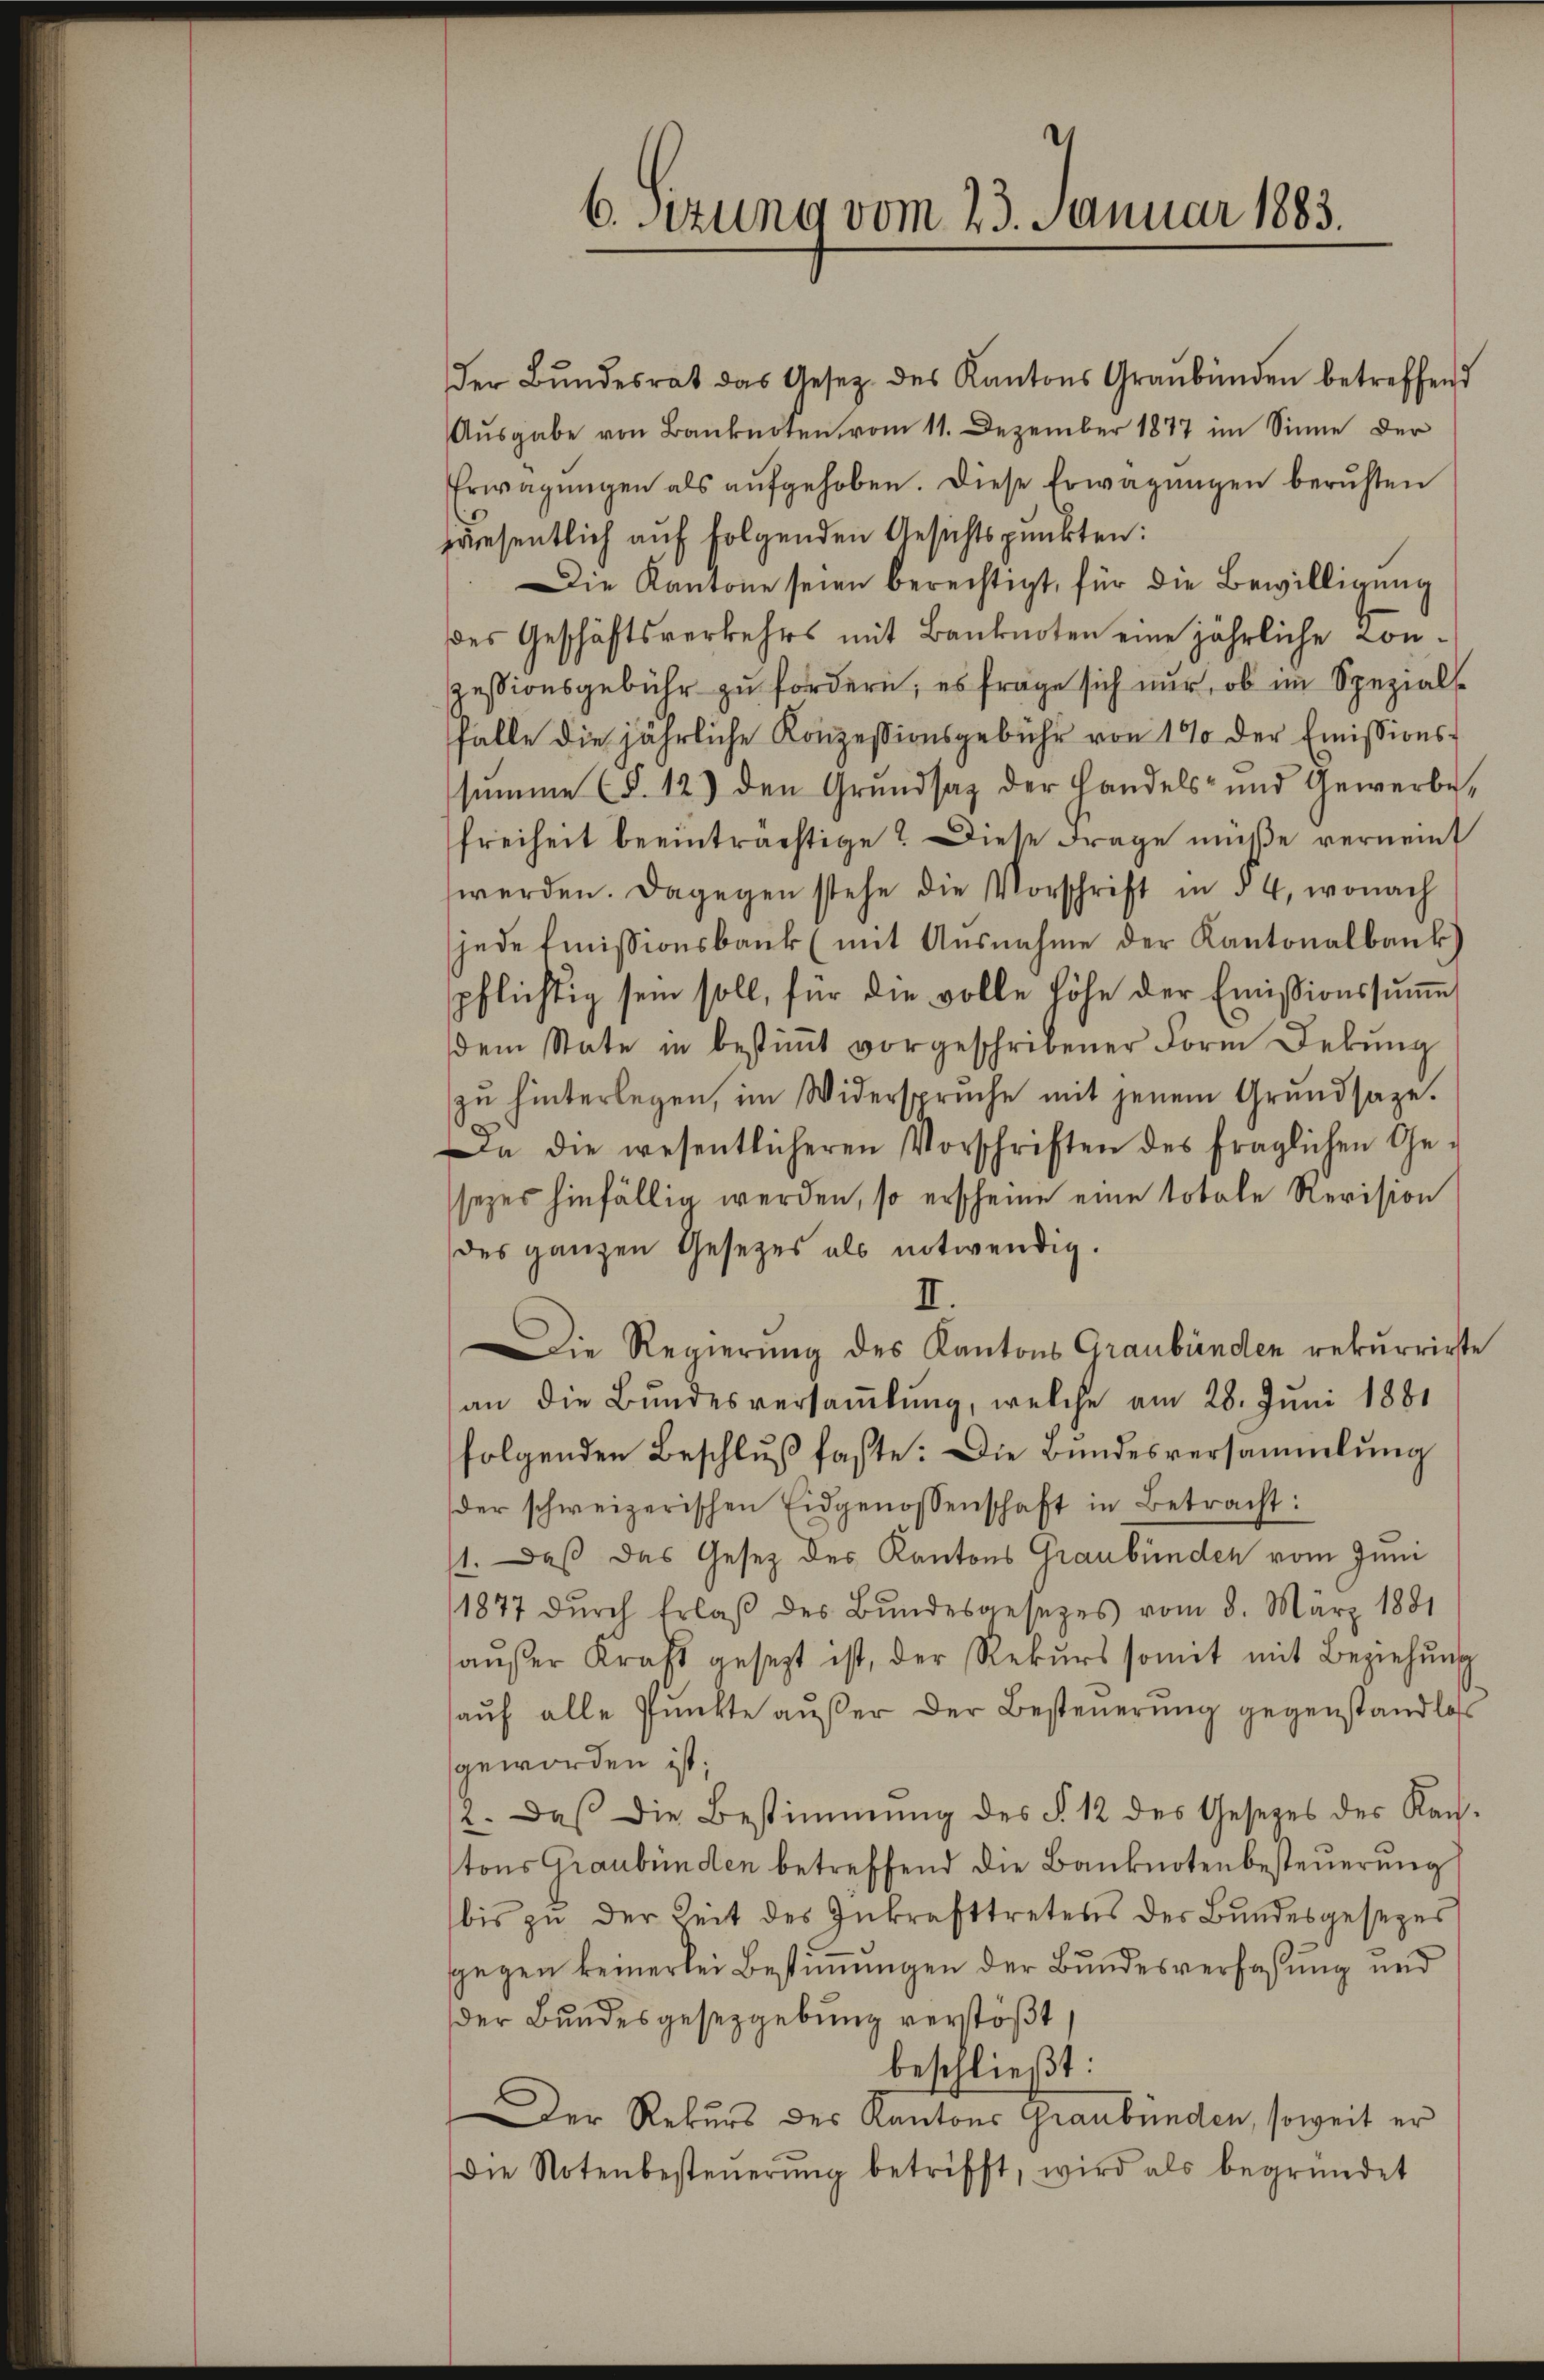
der Bŭndesrat das Gesetz des Kantons Graubünden betreffend
Ausgabe von Banknoten vom 11. Dezember 1877 im Sinne der
Erwägungen als aufgehoben. Diese Erwägungen beruhten
räsentlich auf folgenden Gesichtspunkten:
Die Kantone seien berechtigt, für die Bewilligung
des Geschäftsverkehrs mit Banknoten eine jährliche Conpessionsgebühr zu fordern, es frage sich nur, ob im Spezial-
Falle die jährliche Konzessionsgebühr von 1% der Emissionssumme (§. 12) den Grundsaz der Handels- und Gewerbe,
Freiheit beeinträchtige? Diese Frage müße vernennt
werden. Dagegen stehe die Vorschrift in § 4, wonach
jede Emissionsbank (mit Ausnahme der Kantonalbank.)
pflichtig sein soll, für die volle Höhe der Emissionssumme
dem State in bestiṁt vorgeschribener Form Dekŭng
zŭ hinterlegen, im Widersprüche mit jenem Grundsaze.
Da die wesentlicheren Vorschriften des fraglichen Ge-
sezes hinfällig werden, so erscheine eine totale Revision
des ganzen Gesetzes als notwendig.
II.
Die Regierŭng des Kantons Graubünden rekurrirte
an die Bundesversaṁlŭng, welche am 28. Juni 1881
folgenden Beschluß faßte: Die Bundesversammlung
der schweizerischen Eidgenossenschaft in Betracht:
1. Daß das Gesetz des Kantons Graubünden vom Juni
1877 dŭrch Erlaβ des Bŭndesgesetzes vom 8. März 1881
haŭβer Kraft gesezt ist, der Rekŭrs somit mit Beziehŭng
auf alle Punkte außer der Besteuerung gegenstandlos
geworden ist;
2. daβ die Bestimmung des §. 12 des Gesetzes des Rach-
tons Graubünden betreffend die Banknotenbesteuerung
bis zu der Zeit des Inkrafttretens des Bundesgesezes
sgegen keinerlei Bestimmungen der Bundesverfaßung und
der Bundesgesetzgebung verstößt
beschließt:
Der Rekurs des Kantons Graubünden, soweit er
Die Notenbesteŭerŭng betrifft, wird als begründet

6. sezung vom 23. Januar 1883.